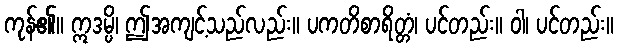
ကုန်၏။ ဣဒမ္ပိ၊ ဤအကျင့်သည်လည်း။ ပကတိစာရိတ္တံ၊ ပင်တည်း။ ဝါ၊ ပင်တည်း။